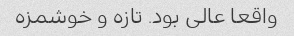
واقعا عالی بود. تازه و خوشمزه